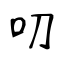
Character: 叨